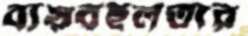
ব্যয়বহুলতার